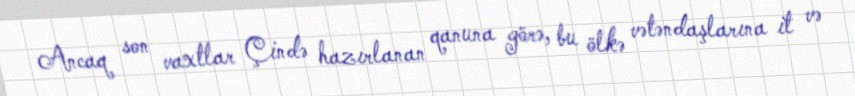
Ancaq son vaxtlar Çində hazırlanan qanuna görə, bu ölkə vətəndaşlarına it və